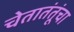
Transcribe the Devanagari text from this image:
चेतातंतूंचा